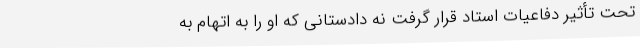
تحت تأثیر دفاعیات استاد قرار گرفت نه دادستانی که او را به اتهام به